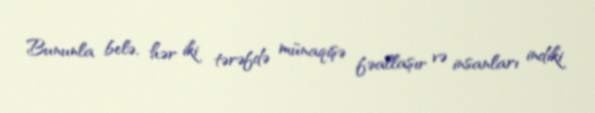
Bununla belə, hər iki tərəfdə münaqişə fəallaşır və insanları indiki